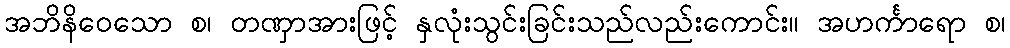
အဘိနိဝေသော စ၊ တဏှာအားဖြင့် နှလုံးသွင်းခြင်းသည်လည်းကောင်း။ အဟင်္ကာရော စ၊